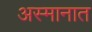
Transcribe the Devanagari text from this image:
अस्मानात